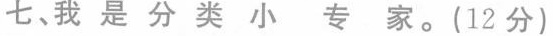
七、我是分类小专家。(12分)